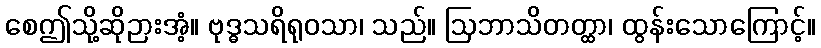
စေဤသို့ဆိုဉားအံ့။ ဗုဒ္ဓသရိရုဝသာ၊ သည်။ ဩဘာသိတတ္ထာ၊ ထွန်းသောကြောင့်။